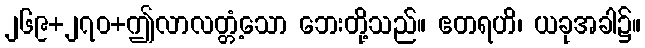
၂၆၉+၂၇၀+ဤလာလတ္တံ့သော ဘေးတို့သည်။ ဧတရဟိ၊ ယခုအခါ၌။